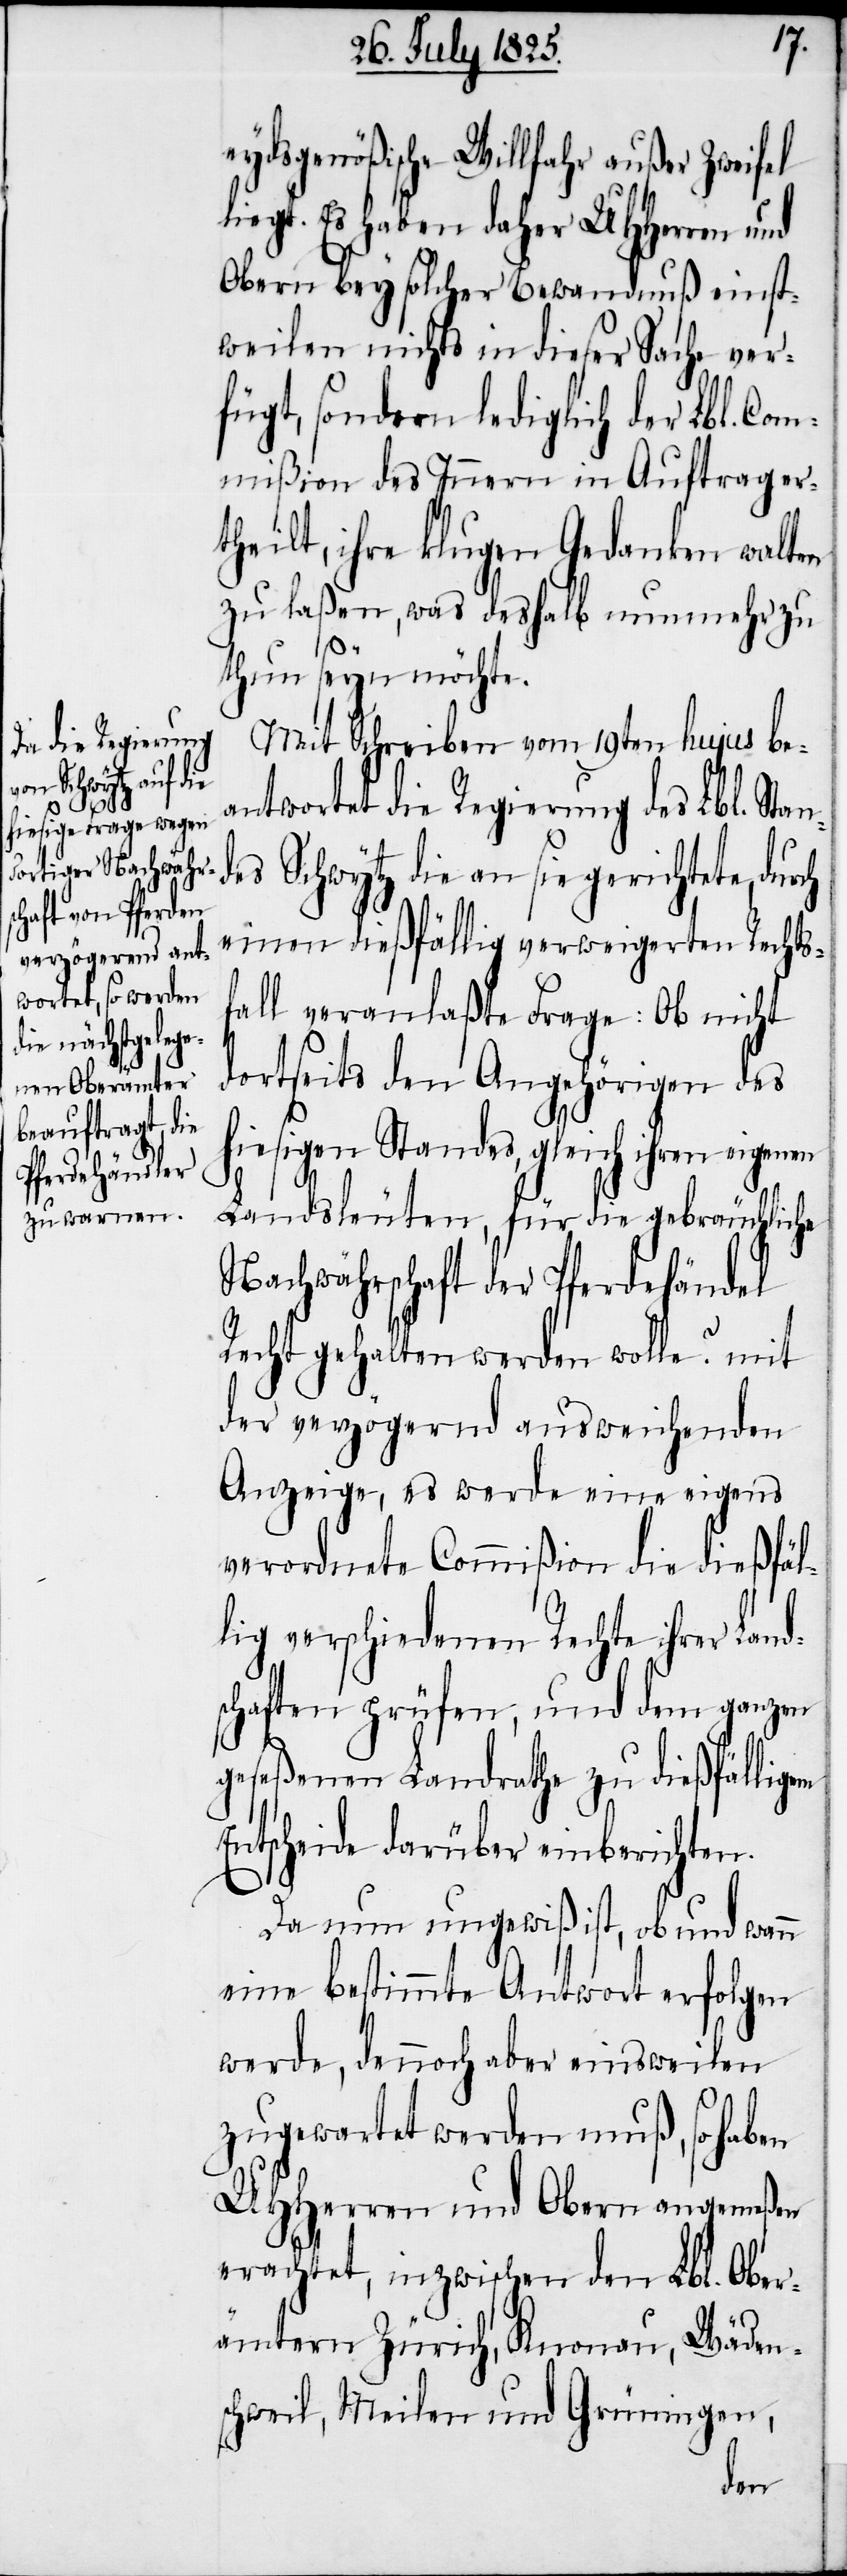
eydsgenößische Willfahr außer Zweifel
liegt. Es haben daher UHHerren und
Obern bey solcher Bewandnuß einst¬
weilen nichts in dieser Sache ver¬
fügt, sondern lediglich der Lbl. Com¬
mißion des Innern in Auftrag er¬
theilt, ihre klugen Gedanken walten
zu laßen, was deshalb nunmehr zu
thun seyn möchte.
Mit Schreiben vom 18ten hujus be¬
antwortet die Regierung des Lbl. Stan¬
des Schwytz die an sie gerichtete, durch
einen dießfällig verweigerten Rechts¬
fall veranlaßte Frage: Ob nicht
dortseits den Angehörigen des
hiesigen Standes, gleich ihren eigenen
Landsleuten, für die gebräuchliche
Nachwährschaft der Pferdehändel
Recht gehalten werden wolle? mit
der verzögernd ausweichenden
Anzeige, es werde eine eigens
verordnete Commißion die dießfäl¬
lig verschiedenen Rechte ihrer Land¬
schaften prüfen, und dem ganzen
geseßenen Landrathe zu dießfälligen
Entscheide darüber einberichten.
Da nun ungewiß ist, ob und wann
eine bestimmte Antwort erfolgen
werde, dennoch aber einstweilen
zugewartet werden muß, so haben
UHHerren und Obern angemeßen
erachtet, inzwischen den Lbl. Ober¬
ämtern Zürich, Knonau, Wäden¬
schweil, Meilen und Grüningen,